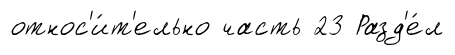
относ'и́т'ельно часть 23 Разд'е́л